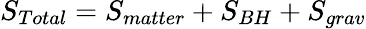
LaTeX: S_{Total}=S_{matter}+S_{BH}+S_{grav}